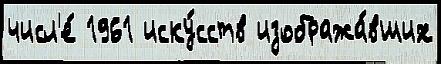
числ'е́ 1961 иску́сств изобража́вших